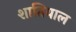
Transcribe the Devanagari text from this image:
शातियाल